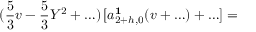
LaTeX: ( \frac { 5 } { 3 } v - \frac { 5 } { 3 } Y ^ { 2 } + \ldots ) \, [ a _ { 2 + h , 0 } ^ { \bf 1 } ( v + \ldots ) + \ldots ] =